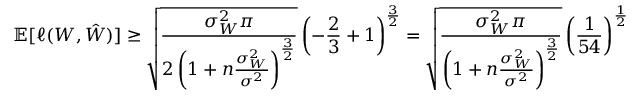
\mathbb { E } [ \ell ( W , \hat { W } ) ] \geq \sqrt { \frac { \sigma _ { W } ^ { 2 } \pi } { 2 \left( 1 + n \frac { \sigma _ { W } ^ { 2 } } { \sigma ^ { 2 } } \right) ^ { \frac 3 2 } } } \left( - \frac 2 3 + 1 \right) ^ { \frac 3 2 } = \sqrt { \frac { \sigma _ { W } ^ { 2 } \pi } { \left( 1 + n \frac { \sigma _ { W } ^ { 2 } } { \sigma ^ { 2 } } \right) ^ { \frac 3 2 } } } \left( \frac { 1 } { 5 4 } \right) ^ { \frac 1 2 }